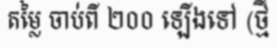
តម្លៃ ចាប់ពី ២០០ ឡើងទៅ (ថ្មី